system: You are a helpful assistant.
user:
Analyze the provided spectrum to determine if it is a **"Cataclysmic Variables (CV)"**.

- **Key Indicators for CV (Check for either state):**
    - **State 1: Quiescent / Low-State (Emission-Dominated)**
        - **(Primary):** Strong and *very broad* Hydrogen Balmer emission lines (e.g., $H\alpha$ at 6563 Å, $H\beta$ at 4861 Å). The 'broadness' (high velocity dispersion, often FWHM > 1000 km/s) is the key diagnostic, indicating a high-velocity accretion disk.
        - **(Secondary):** Broad neutral Helium (He I) emission lines (e.g., 5876 Å, 6678 Å).
        - **(Key Confirmation):** Presence of high-excitation *ionized* Helium (He II) emission at 4686 Å. This is a strong indicator of accretion onto a white dwarf.
        - **(Line Profile):** Emission lines may exhibit a 'double-peaked' profile, which is a classic signature of a rotating accretion disk viewed at high inclination.

    - **State 2: Outburst / High-State (Absorption-Dominated)**
        - **(Primary):** Spectrum is dominated by a bright, blue continuum (looks like a hot star).
        - **(Secondary):** The emission lines from State 1 are weak, absent, or 'filled in', and are replaced by broad, shallow *absorption* lines (primarily Balmer and He I).
        - **(Morphology):** The overall spectrum mimics a hot B/A-type star. The crucial difference is that the absorption lines are significantly broader, shallower, and more 'washed-out' (or 'smeared') than the sharp lines of a normal stellar photosphere, due to high rotational speeds and pressure broadening in the disk.

Think first, call **spectral_visualization_tool** if needed to examine features in detail, then provide your final answer. Your response must adhere to the following strict rules:
1.  **Overall Structure:** Your response must follow the format `<think>...</think> <tool_call>...</tool_call> (if a tool is used) <answer>...</answer>`.
2.  **Tool Usage Constraint:** You may only make **one** tool call per turn.
3.  **Final Answer Format:** In the `<answer>` tag, your conclusion must be inside a `\boxed{}` command (e.g., `\boxed{YES}`), followed by your justification.

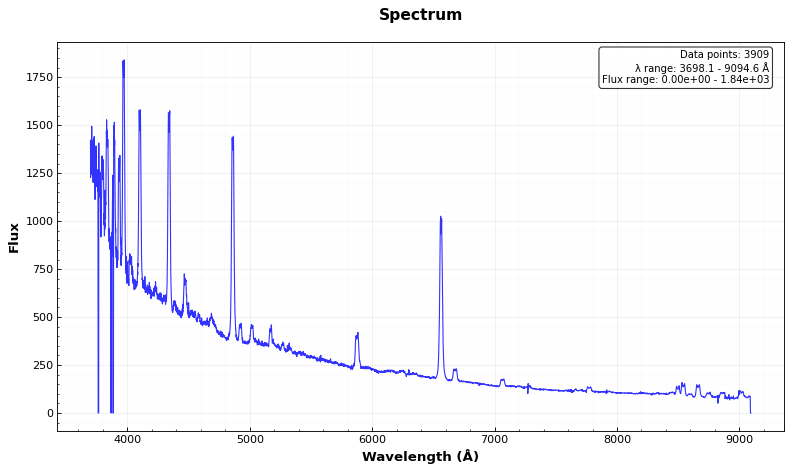
Answer: YES